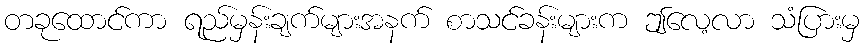
တခုထောင်ကာ ရည်မှန်းချက်များအနက် စာသင်ခန်းများက ဤလေ့လာ သံပြားမှ